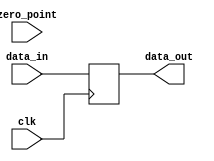
module cal_sub_zero_point
(
	input clk,
	input signed [7:0] zero_point,
	input signed [7:0] data_in,
	output reg signed [7:0] data_out
);
	always@(posedge clk) begin
		data_out <= data_in;
	end
endmodule